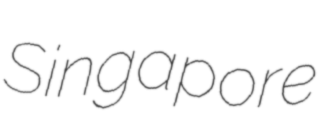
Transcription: Singapore